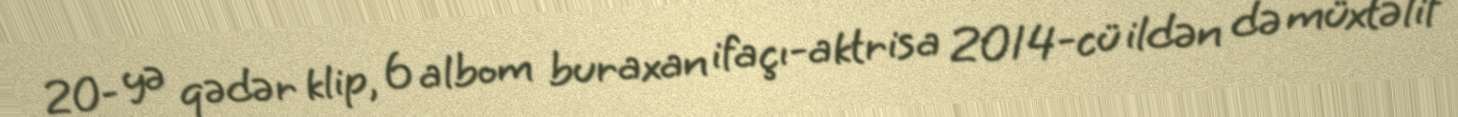
20- yə qədər klip, 6 albom buraxan ifaçı-aktrisa 2014-cü ildən də müxtəlif